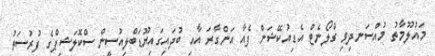
މައުލޫމާތު މުއްސަނދިވި ގްލޯނެޓް އެޑިއުކޭޝަން ފެއާ އަންގާރަ އާއި ބުދައިގައިޔޫޑަބްލިއުސީން ސްކޮލަޝިޕްގެ ފުރުސަތު